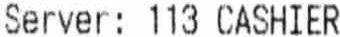
SERVER: 113 CASHIER